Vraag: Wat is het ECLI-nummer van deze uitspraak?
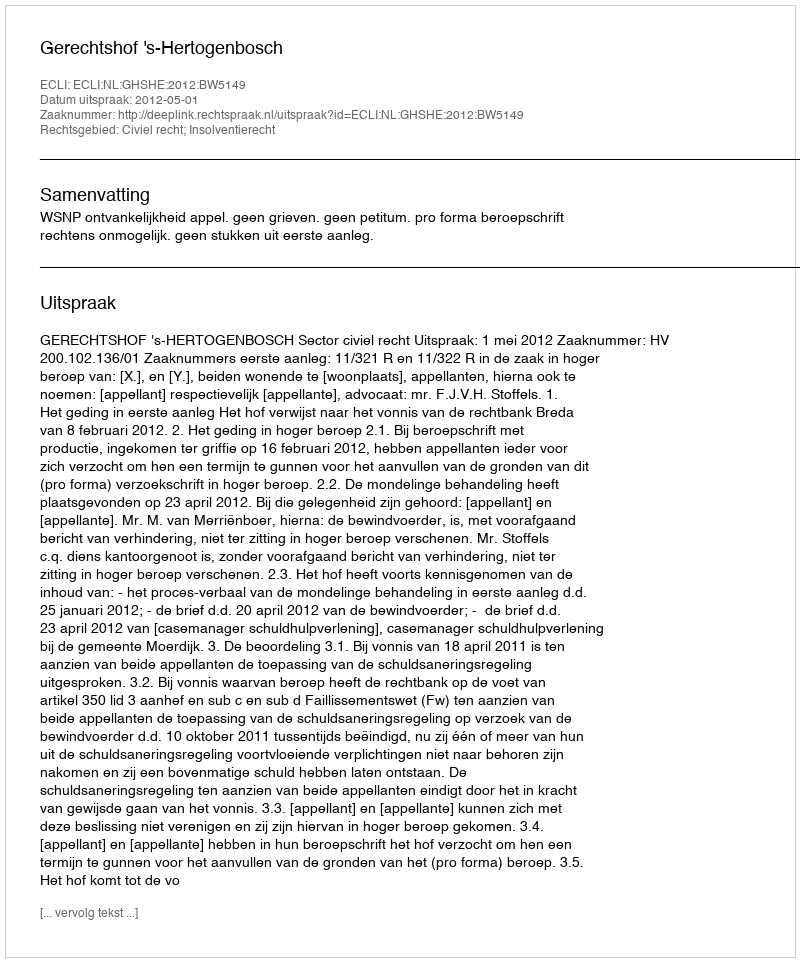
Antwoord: ECLI:NL:GHSHE:2012:BW5149